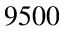
9 5 0 0